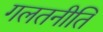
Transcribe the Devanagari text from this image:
गलतनीति